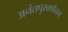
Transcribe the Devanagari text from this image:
अनंतपुरवर्णनम्